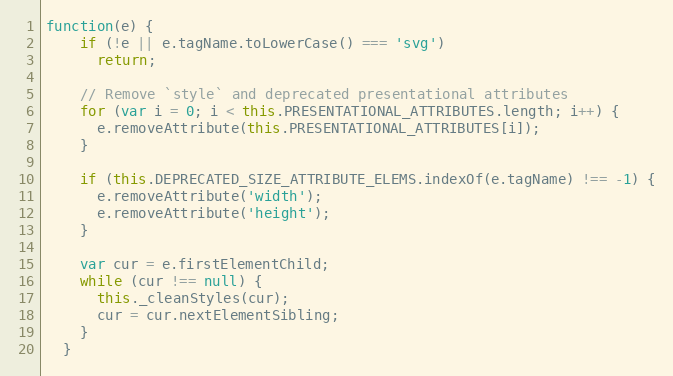
Language: JavaScript
function(e) {
    if (!e || e.tagName.toLowerCase() === 'svg')
      return;

    // Remove `style` and deprecated presentational attributes
    for (var i = 0; i < this.PRESENTATIONAL_ATTRIBUTES.length; i++) {
      e.removeAttribute(this.PRESENTATIONAL_ATTRIBUTES[i]);
    }

    if (this.DEPRECATED_SIZE_ATTRIBUTE_ELEMS.indexOf(e.tagName) !== -1) {
      e.removeAttribute('width');
      e.removeAttribute('height');
    }

    var cur = e.firstElementChild;
    while (cur !== null) {
      this._cleanStyles(cur);
      cur = cur.nextElementSibling;
    }
  }